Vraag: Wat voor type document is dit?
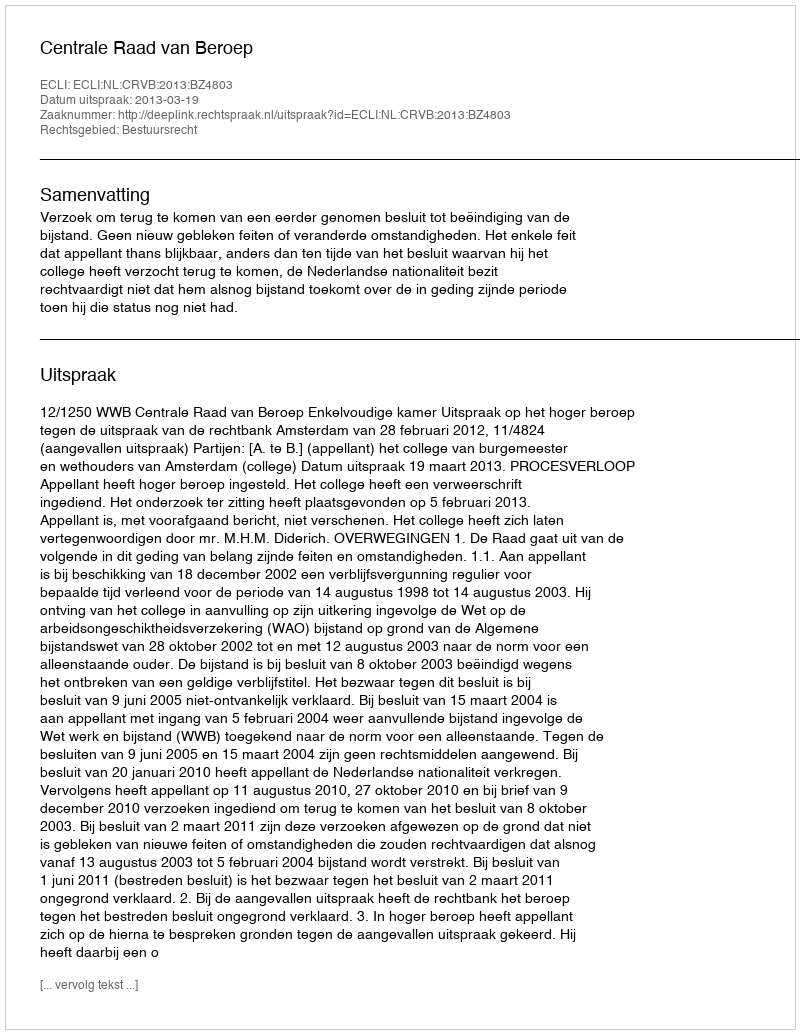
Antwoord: Uitspraak